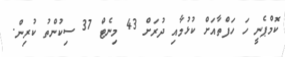
ކޮމްޕެނީ ހަ ހަފްތާއަށް ކުޅުމާއި ދުރަށް 43 މިނެޓް 37 ސިކުންތު ކުރިން.